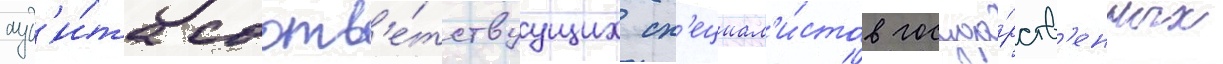
ауд'и́та соотв'е́тствуущих сп'ециал'и́стов госуда́рств'енных